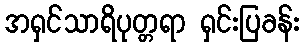
အရှင်သာရိပုတ္တရာ ရှင်းပြခန်း